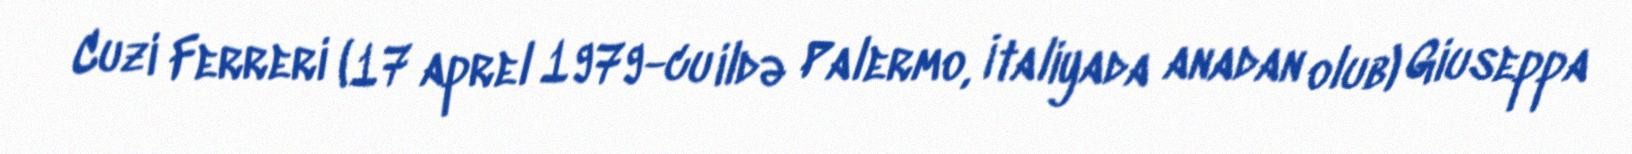
Cuzi Ferreri (17 aprel 1979-cu ildə Palermo, İtaliyada anadan olub) Giuseppa